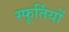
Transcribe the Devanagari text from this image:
स्फूर्तियों